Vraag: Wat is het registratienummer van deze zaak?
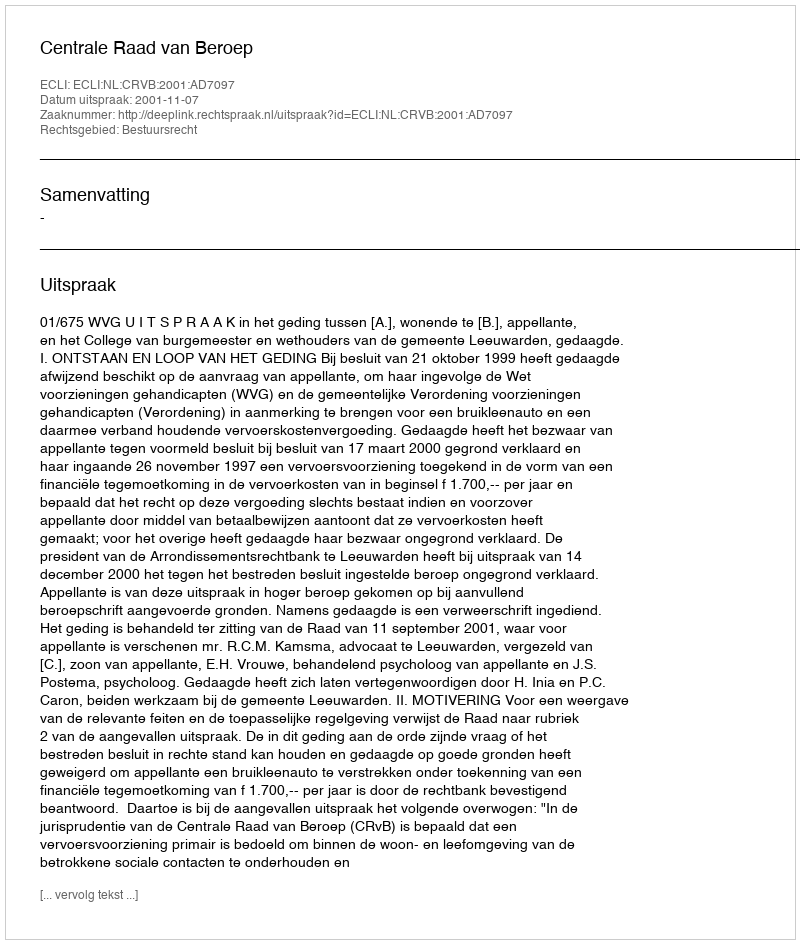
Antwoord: http://deeplink.rechtspraak.nl/uitspraak?id=ECLI:NL:CRVB:2001:AD7097